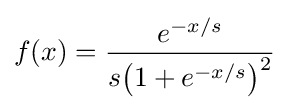
f(x)={\frac {e^{-x/s}}{s{\left(1+e^{-x/s}\right)}^{2}}}